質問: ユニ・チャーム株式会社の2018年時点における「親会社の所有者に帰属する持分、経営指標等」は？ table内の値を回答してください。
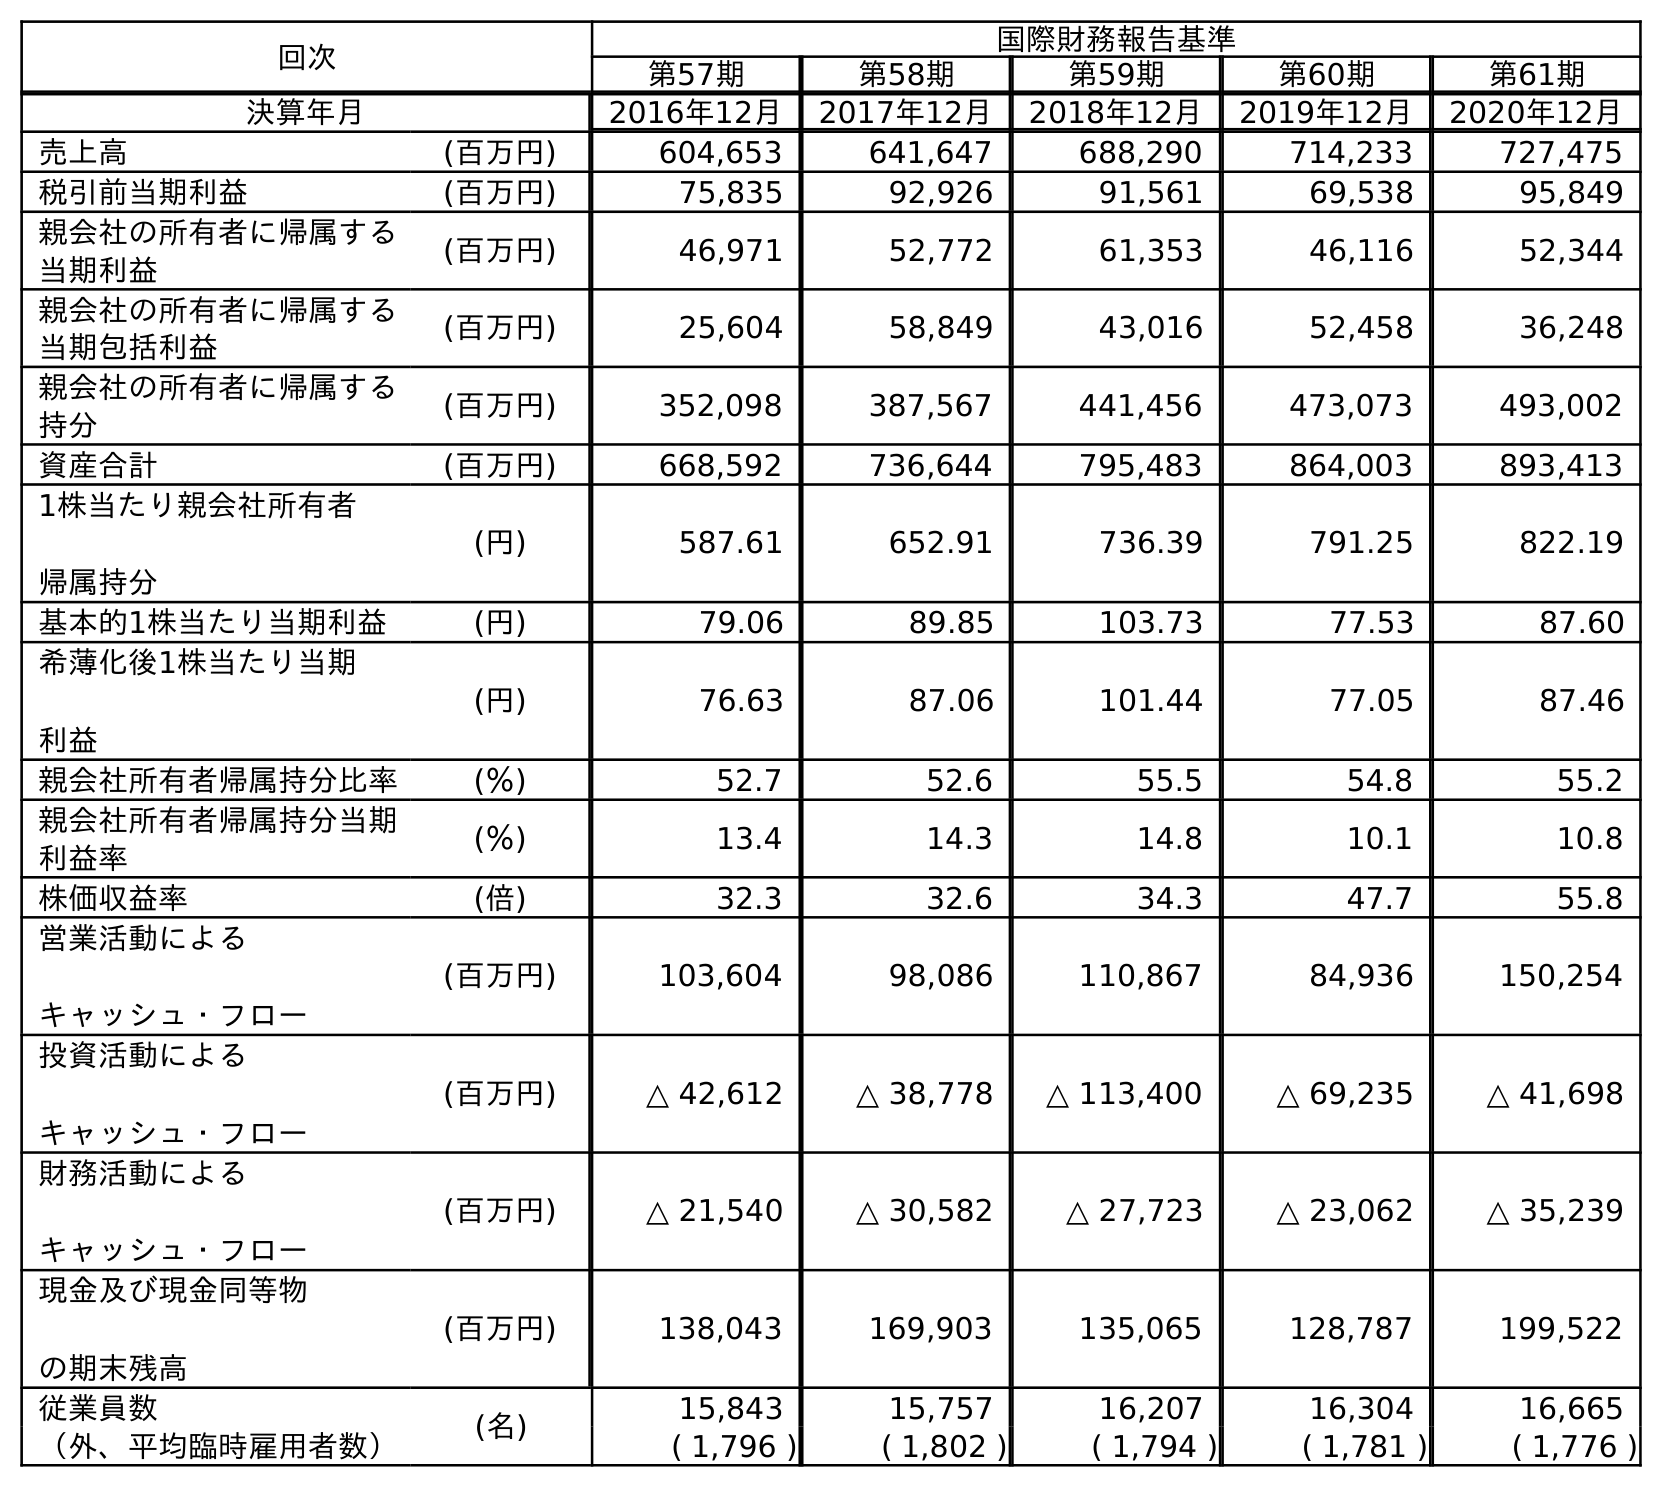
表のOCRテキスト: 回次 国際財務報告基準 第57期 第58期 第59期 第60期 第61期 決算年月 2016年12月 2017年12月 2018年12月 2019年12月 2020年12月 売上高 (百万円) 604,653 641,647 688,290 714,233 727,475 税引前当期利益 (百万円) 75,835 92,926 91,561 69,538 95,849 親会社の所有者に帰属する 当期利益 (百万円) 46,971 52,772 61,353 46,116 52,344 親会社の所有者に帰属する 当期包括利益 (百万円) 25,604 58,849 43,016 52,458 36,248 親会社の所有者に帰属する 持分 (百万円) 352,098 387,567 441,456 473,073 493,002 資産合計 (百万円) 668,592 736,644 795,483 864,003 893,413 1株当たり親会社所有者 帰属持分 (円) 587.61 652.91 736.39 791.25 822.19 基本的1株当たり当期利益 (円) 79.06 89.85 103.73 77.53 87.60 希薄化後1株当たり当期 利益 (円) 76.63 87.06 101.44 77.05 87.46 親会社所有者帰属持分比率 (％) 52.7 52.6 55.5 54.8 55.2 親会社所有者帰属持分当期 利益率 (％) 13.4 14.3 14.8 10.1 10.8 株価収益率 (倍) 32.3 32.6 34.3 47.7 55.8 営業活動による キャッシュ・フロー (百万円) 103,604 98,086 110,867 84,936 150,254 投資活動による キャッシュ・フロー (百万円) △ 42,612 △ 38,778 △ 113,400 △ 69,235 △ 41,698 財務活動による キャッシュ・フロー (百万円) △ 21,540 △ 30,582 △ 27,723 △ 23,062 △ 35,239 現金及び現金同等物 の期末残高 (百万円) 138,043 169,903 135,065 128,787 199,522 従業員数 (名) 15,843 15,757 16,207 16,304 16,665 （外、平均臨時雇用者数） ( 1,796 ) ( 1,802 ) ( 1,794 ) ( 1,781 ) ( 1,776 )
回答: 441,456